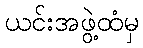
ယင်းအဖွဲ့ထံမှ